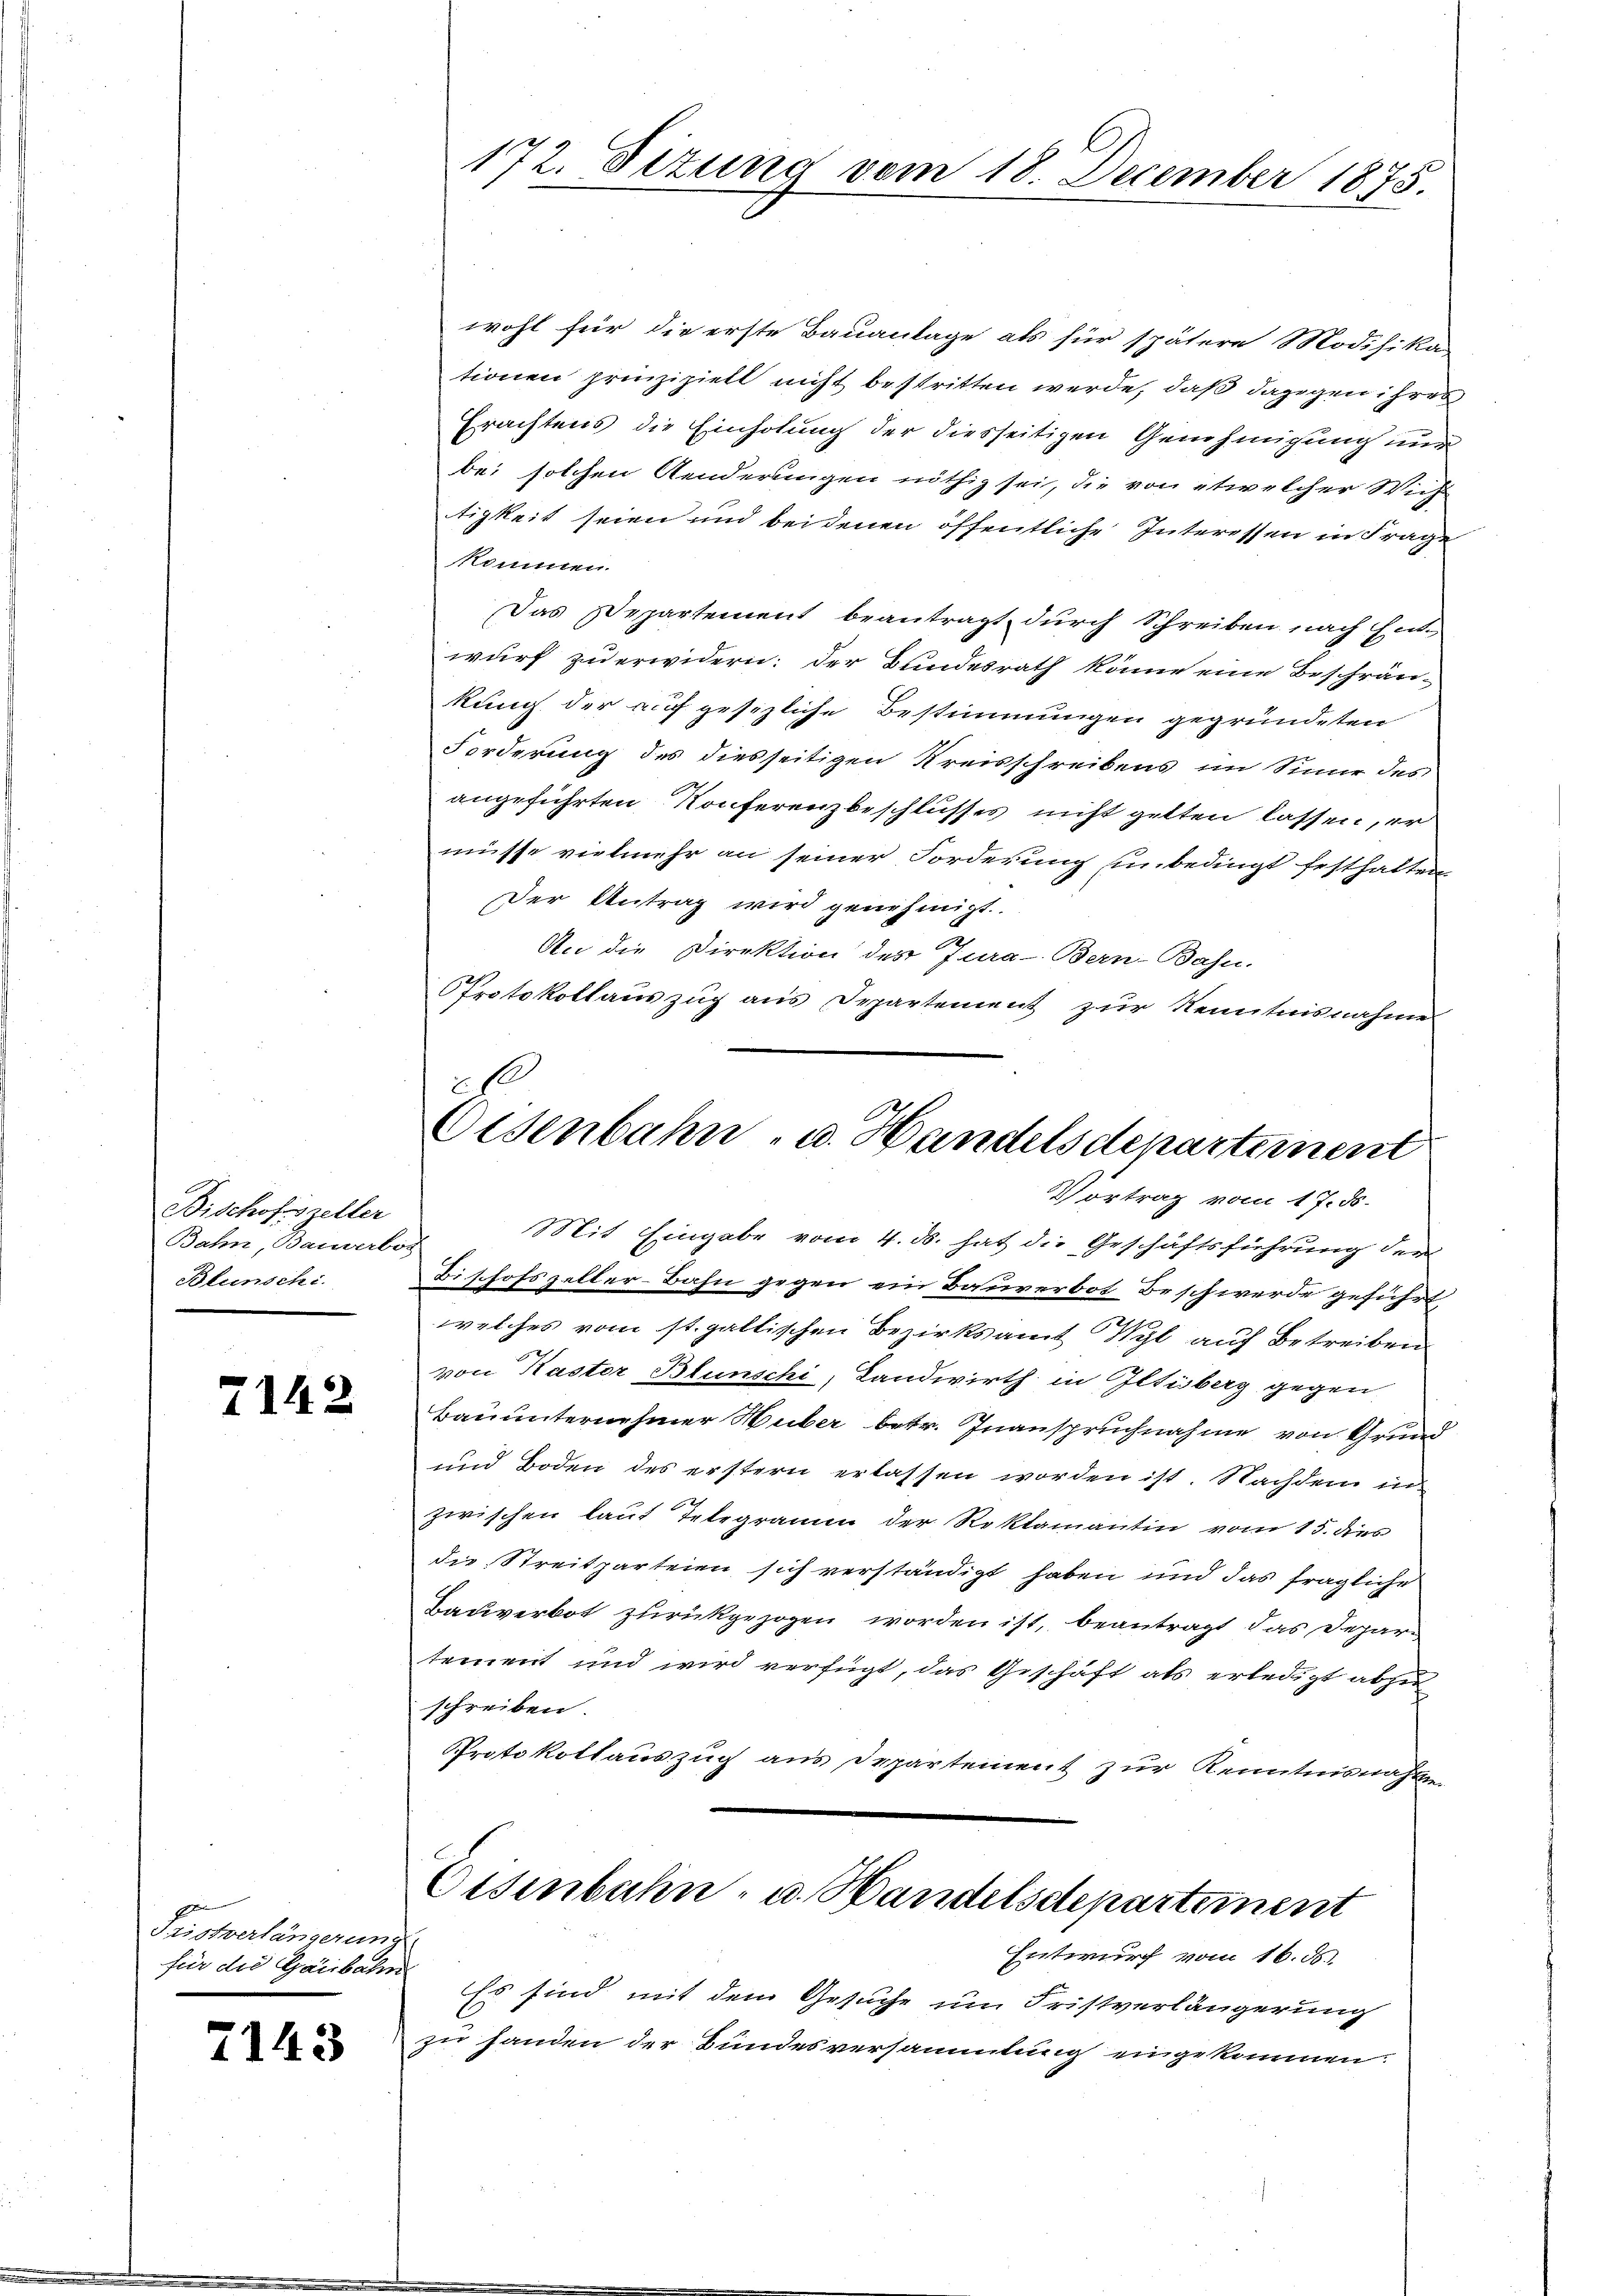
Bischofszeller
Bahn, Bauverbos
Blunschi

2142

ge
Fristverlängerum
für die Gaisbahn

2143

172. Fizung vom 18. December 1875.

wohl für die erste Bauanlage als für spätere Modifika
tionen prinzipielt nicht bestritten werde, daß dagegen ihres
Erachtens die Einholung der diesseitigen Genehmigung nur
bei solchen Aenderungen nöthig sei, die von etwelcher Wich
tigkeit seien und beidenen öffentliche Interessen in Frage
kommen.
Das Departement beantragt, durch Schreiben nach Ent
wurf zu erwidern; der Bundesrath könne eine Beschrän-
kung der auf gesezliche Bestimmungen gegründeten
Forderung des diesseitigen Kreisschreibens im Sinne des
angeführten Konferenzbeschlusses nicht gelten lassen, er
müsse vielmehr an seiner Forderung ein bedingt festhalten
Der Antrag wird genehmigt.
An die Direktion des Jura-Bern-Bahn-
Protokollauszug aus Departement zur Kenntnisnahme

.
Eisenbahn, u. Handelsdepartement
Vortrag vom 17. ds.

Mit Eingabe vom 4. ds. hat die Geschäftsführung der
Bischofszeller-Bahn gegen ein Baurerbot, Beschwerde geführt,
welches vom st. gallischen Bezirksamt Wyl auf Betreiben
von Kastor Blunschi, Landwirth in Iltisberg gegen
Bauunternehmer Huber betr. Inanspruchnahme von Grund
und Boden des erstern erlassen worden ist. Nachdem in
zwischen laut Telegramm der Reklamantin vom 15. dies
die Streitparteien sich verständigt haben und das fragliche
Bauverbot zurückgezogen worden ist, beantragt das Departement und wird verfügt, das Geschäft als erledigt abzuschreiben.
Protokollauszug aus Departement zur Kenntnisnahmen

Eisenbahn- u. Handelsdepartement
f
Entwurf vom 16. ds.
l

Es sind mit dem Gesuche um Fristverlängerung
zu handen der Bundesversammlung eingekommen.